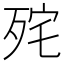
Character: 𭮏